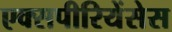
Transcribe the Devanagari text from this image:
एक्सपीरियेंसेस